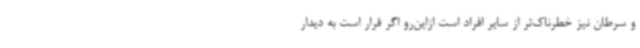
و سرطان نیز خطرناک‌تر از سایر افراد است ازاین‌رو اگر قرار است به دیدار